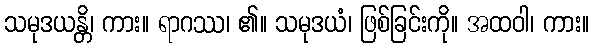
သမုဒယန္တိ၊ ကား။ ရာဂဿ၊ ၏။ သမုဒယံ၊ ဖြစ်ခြင်းကို။ အထဝါ၊ ကား။